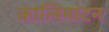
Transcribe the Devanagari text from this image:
कालिमांटन